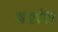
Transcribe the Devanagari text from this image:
षष्टांश